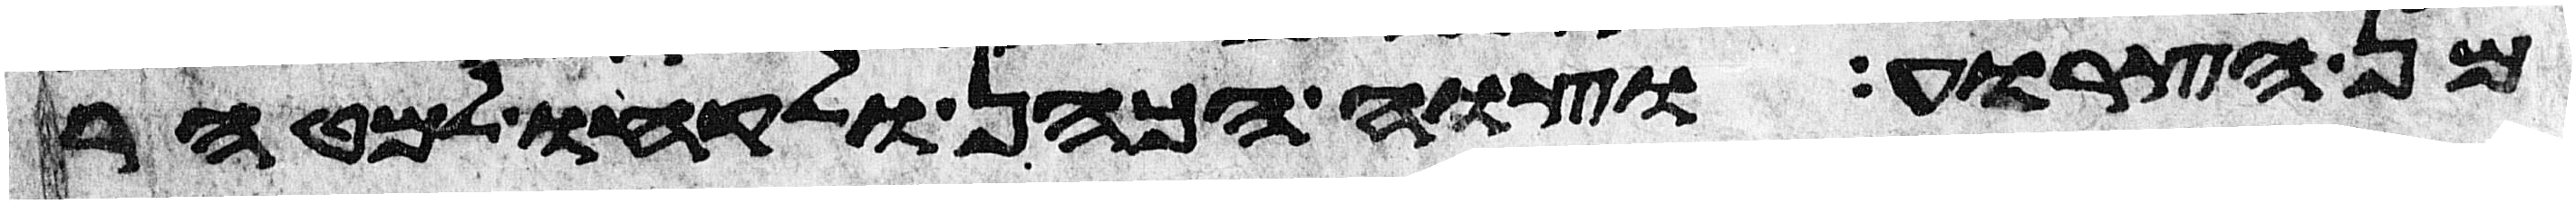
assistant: מן הצרוע וצוה הכהן ולקחו למטהר